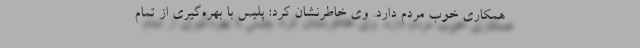
همکاری خوب مردم دارد. وی خاطرنشان کرد: پلیس با بهره‌گیری از تمام